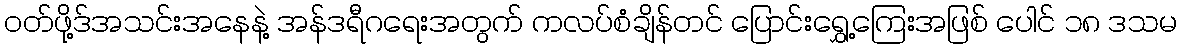
ဝတ်ဖို့ဒ်အသင်းအနေနဲ့ အန်ဒရီဂရေးအတွက် ကလပ်စံချိန်တင် ပြောင်းရွှေ့ကြေးအဖြစ် ပေါင် ၁၈ ဒသမ